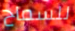
للسماح